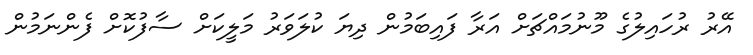
އޭރު ރުހައިލުގެ މޫނުމައްޗަށް އަރާ ފައިބަމުން ދިޔަ ކުލަވަރު މަލީކަށް ސާފުކޮށް ފެންނަމުން